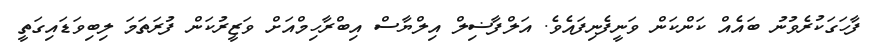
ފާހަގަކުރެވުނު ބައެއް ކަންކަން ވަނީފެނިފައެވެ. އަލްފާޟިލް އިލްޔާސް އިބްރާހިމްއަށް ވަޒީރުކަން ފުރަތަމަ ލިބިވަޑައިގަތީ